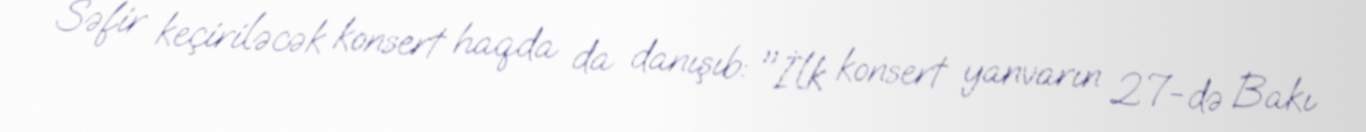
Səfir keçiriləcək konsert haqda da danışıb: "İlk konsert yanvarın 27-də Bakı